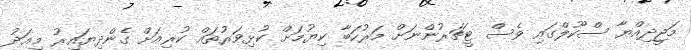
މަޖީދިއްޔާ ސްކޫލްގައި ވެސް ޓީޗަރުންނަށް މަރުހަބާ ކިޔުމަށް ކުޅިވަރުތައް ކުރިއަށް ގެންދިޔައިރު މިއަދު